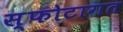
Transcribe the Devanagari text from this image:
स्फोटागत